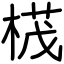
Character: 𣕚